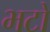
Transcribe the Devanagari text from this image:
भटो